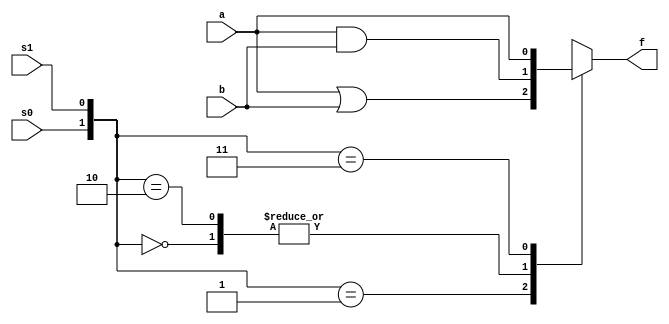
module samplebehav(a,b,s0,s1,f);
input a,b,s0,s1;
output f;
reg f;
always@(a or b or s0 or s1)
case({s0,s1})
2'b00: begin f=a&b; end
2'b01: begin f=a|b; end
2'b10: begin f=(a&(-b))|((-a)&b); end
2'b11: begin f=(-a); end
endcase
endmodule